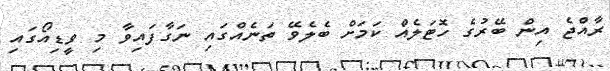
ރާއްޖެ އިން ބޭރުގެ ހޮޓަލެއް ކަމަށް ބެލެވޭ ތަނެއްގައި ނަގާފައިވާ މި ވީޑިއޯގައި